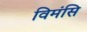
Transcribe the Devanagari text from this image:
विमंसि